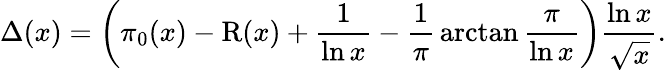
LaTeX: \Delta(x)=\left(\pi_{0}(x)-\operatorname{R}(x)+{\frac{1}{\ln x}}-{\frac{1}{\pi}}\arctan{\frac{\pi}{\ln x}}\right){\frac{\ln x}{\sqrt{x}}}.